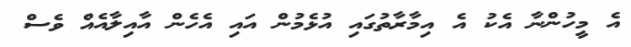
އެ މީހުންނާ އެކު އެ އިމާރާތުގައި އުޅެމުން އަައި އެހެން އާއިލާއެއް ވެސް